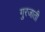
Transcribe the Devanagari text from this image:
गुरजाती